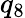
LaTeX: q_{8}